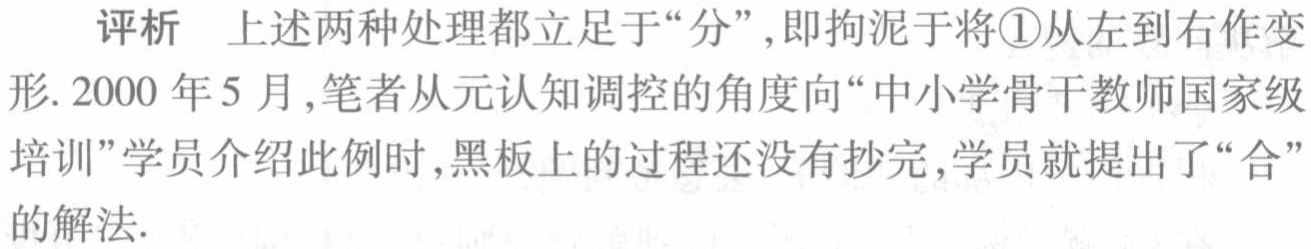
评析 上述两种处理都立足于“分”，即拘泥于将\textcircled{1}从左到右作变形. 2000 年 5 月,笔者从元认知调控的角度向“中小学骨干教师国家级培训”学员介绍此例时,黑板上的过程还没有抄完,学员就提出了“合”的解法.